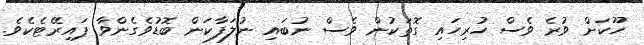
ހޫކަށް ވުރެ ވެސް ހުރިހައި ގޮތަކުން ވެސް ނުބައި ނުލަފާކަން ބޮޑުވެގެންވާ ޕައިރޭޓެކެވެ.